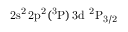
\mathrm { 2 s ^ { 2 } \, 2 p ^ { 2 } ( ^ { 3 } P ) \, 3 d ~ ^ { 2 } P _ { 3 / 2 } }